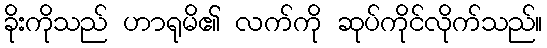
ခိုးကိုသည် ဟာရုမိ၏ လက်ကို ဆုပ်ကိုင်လိုက်သည်။